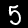
Digit: 5